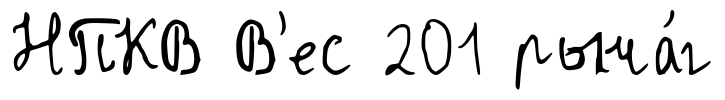
НПКВ В'ес 201 рыча́г